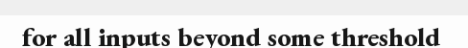
for all inputs beyond some threshold